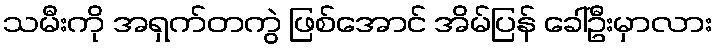
သမီးကို အရှက်တကွဲ ဖြစ်အောင် အိမ်ပြန် ခေါ်ဦးမှာလား